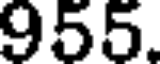
955.